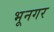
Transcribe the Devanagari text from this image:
भूनगर